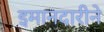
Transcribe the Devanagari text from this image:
इमानदारीने